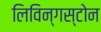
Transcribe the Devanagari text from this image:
लिविन्गस्टोन